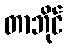
တာဘိုင်